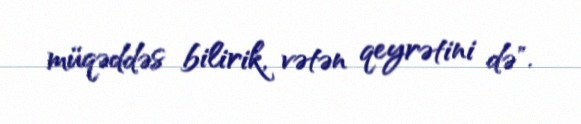
müqəddəs bilirik, vətən qeyrətini də".